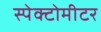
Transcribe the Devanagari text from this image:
स्पेक्टोमीटर